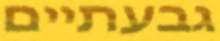
גבעתיים